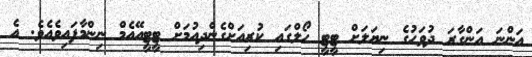
އަންނަ އަންގާރަ ދުވަހުގެ ނިޔަލަށް ޓީޓީ ހޯލްގައި ކުރިއަށްގެންދިއުމަށް ޓީޓީއޭއެމް ނިންމާފައިވެއެވެ. އެ